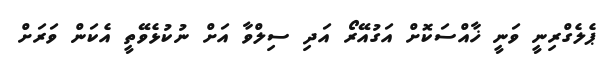
ޕެލެގްރިނީ ވަނީ ޚާއްސަކޮށް އަގުއޭރޯ އަދި ސިލްވާ އަށް ނުކުޅެވޭތީ އެކަން ވަރަށް